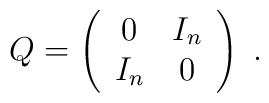
Q = \left(    \begin{array}{cc}        0 & I_{n}  \\        I_{n} & 0    \end{array}    \right)\;.